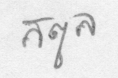
สตูล